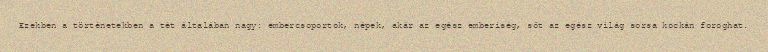
Ezekben a történetekben a tét általában nagy: embercsoportok, népek, akár az egész emberiség, sőt az egész világ sorsa kockán foroghat.